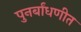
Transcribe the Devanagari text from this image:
पुनर्बांधणीत